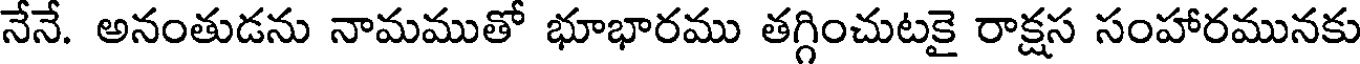
నేనే. అనంతుడను నామముతో భూభారము తగ్గించుటకై రాక్షస సంహారమునకు